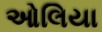
ઓલિયા